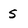
Character: 5